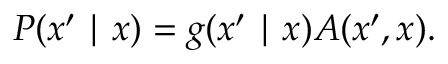
P ( x ^ { \prime } \mid x ) = g ( x ^ { \prime } \mid x ) A ( x ^ { \prime } , x ) .